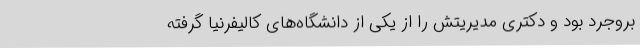
بروجرد بود و دکتری مدیریتش را از یکی از دانشگاه‌های کالیفرنیا گرفته